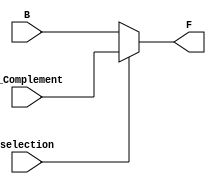
// quadrable_2x1Mux module
//Anas Talib - 1203051
module quadrable_2x1Mux(B,B_Complement,selection,F);
input [3:0]B; // 4 - bit 
input [3:0]B_Complement; // 4 - bit 
input selection; // zero or one
output [3:0]F;// 4 - bit 
reg [3:0]F;// 4 - bit 
always @ (B or B_Complement or selection)
       if (selection ==0)
		 F = B;
       else 
       F = B_Complement;    
endmodule